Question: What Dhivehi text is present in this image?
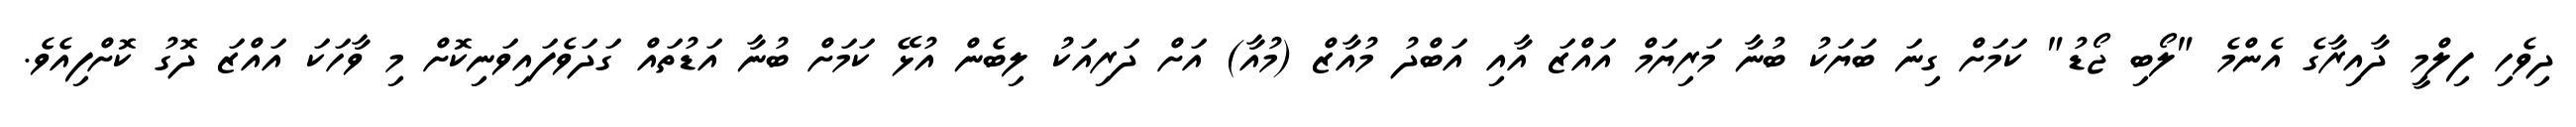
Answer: ދިވެހި ފިލްމީ ދާއިރާގެ އެންމެ "ލޯބި ޖޯޑު" ކަމަށް ގިނަ ބަޔަކު ބުނާ މަރިޔަމް އައްޒަ އާއި އަބްދު މުއާޒް (މުއާ) އަށް ދަރިއަކު ލިބެން އުޅޭ ކަމަށް ބުނާ އަޑުތައް ގަދަވެފައިވަނިކޮށް މި ވާހަކަ އައްޒަ ދޮގު ކޮށްފިއެވެ.